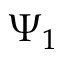
\Psi _ { 1 }